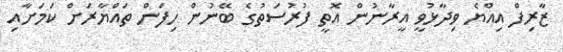
ޒާރިފް އިއްޔެ ވިދާޅުވީ އީރާނުން އޮތީ ފުރުސަތުގެ ބޭނުން ހިފަން ތައްޔާރަށް ކަމަށާއި